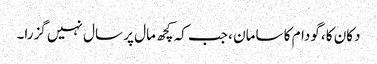
دکان کا، گودام کا سامان ، جب کہ کچھ مال پر سال نہیں گزرا۔